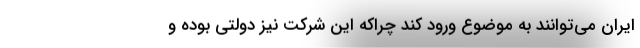
ایران می‌توانند به موضوع ورود کند چراکه این شرکت نیز دولتی بوده و